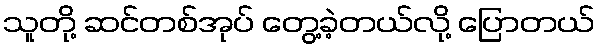
သူတို့ ဆင်တစ်အုပ် တွေ့ခဲ့တယ်လို့ ပြောတယ်